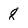
Character: 8